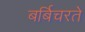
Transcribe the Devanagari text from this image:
बर्बिचरते